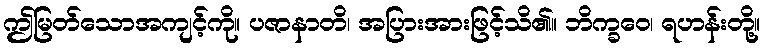
ဤမြတ်သောအကျင့်ကို။ ပဇာနာတိ၊ အပြားအားဖြင့်သိ၏။ ဘိက္ခဝေ၊ ရဟန်းတို့။